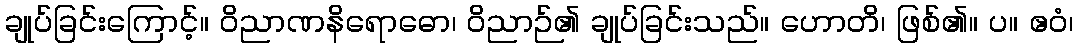
ချုပ်ခြင်းကြောင့်။ ဝိညာဏနိရောဓော၊ ဝိညာဉ်၏ ချုပ်ခြင်းသည်။ ဟောတိ၊ ဖြစ်၏။ ပ။ ဧဝံ၊